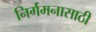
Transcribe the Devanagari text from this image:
निर्गमनासाठी